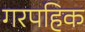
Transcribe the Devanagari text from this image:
गरपहिक